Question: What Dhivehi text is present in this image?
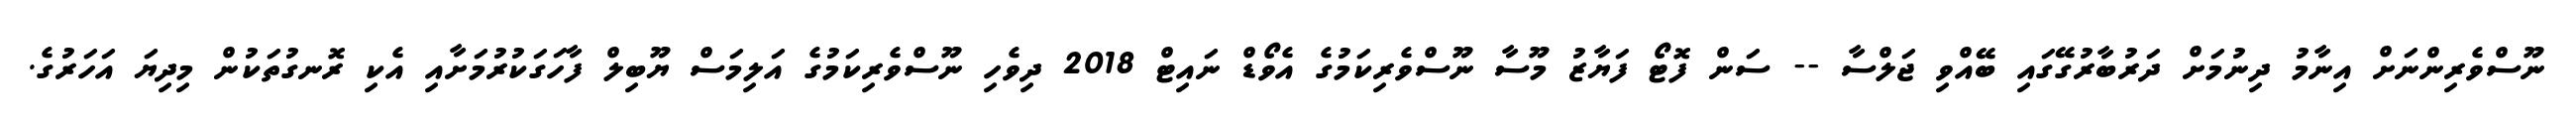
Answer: ނޫސްވެރިންނަށް އިނާމު ދިނުމަށް ދަރުބާރުގޭގައި ބޭއްވި ޖަލްސާ -- ސަން ފޮޓޯ ފަޔާޒު މޫސާ ނޫސްވެރިކަމުގެ އެވޯޑް ނައިޓް 2018 ދިވެހި ނޫސްވެރިކަމުގެ އަލިމަސް ޔޫބިލް ފާހަގަކުރުމަށާއި އެކި ރޮނގުތަކުން މިދިޔަ އަހަރުގެ.